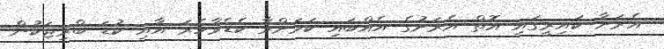
އެރަށާ ކައިރީގައި އޮތް އެރަށުގެ އެއްބައި ކަމަށްވާ ކެޑެވާހެރަ އާއި ކުޑަ ބްރިޖަކުން